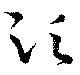
湏